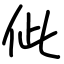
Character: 佌